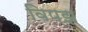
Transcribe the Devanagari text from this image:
विपझ